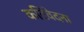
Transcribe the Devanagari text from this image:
कटिवेदना